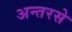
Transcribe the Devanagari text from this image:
अन्तरसे